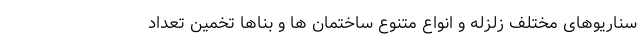
سناریوهای مختلف زلزله و انواع متنوع ساختمان ها و بناها تخمین تعداد